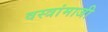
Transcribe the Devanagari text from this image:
वस्त्रांमाजी